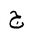
Letter: _gim